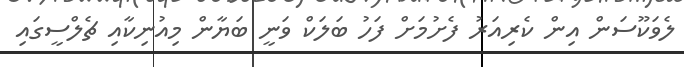
ލެވަކޫސަން އިން ކެރިއަރު ފެށުމަށް ފަހު ބަލަކް ވަނީ ބަޔާން މިއުނިކާއި ޗެލްސީގައި